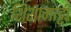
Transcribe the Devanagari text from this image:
शिशामाट्टी